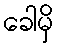
ခေါမှိ